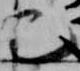
巳